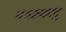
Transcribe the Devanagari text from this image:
नगरुकावु